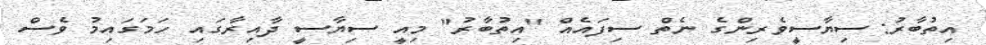
އިތުބާރު: ސިޔާސީވެރިންގެ ނެތް ސިފައެއް "އިތުބާރު" މިއީ ސިޔާސީ ދާއިރާގައި ހަމަގައިމު ވެސް